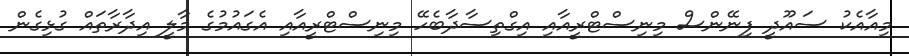
މިއާއެކު ސައޫދީ ފިނޭންސް މިނިސްޓްރީއާއި އިގްތިސާދާބެހޭ މިނިސްޓްރީއާއި އެގައުމުގެ މާލީ އިދާރާތައް ގުޅިގެން